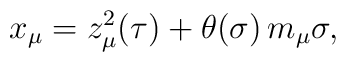
x_\mu=z_\mu^2(\tau)+\theta(\sigma)\,m_\mu\sigma,